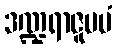
ဒဏ္ဍရာဇူပမံ